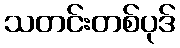
သတင်းတစ်ပုဒ်